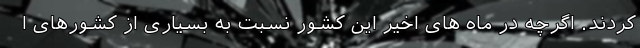
کردند. اگرچه در ماه های اخیر این کشور نسبت به بسیاری از کشورهای ا